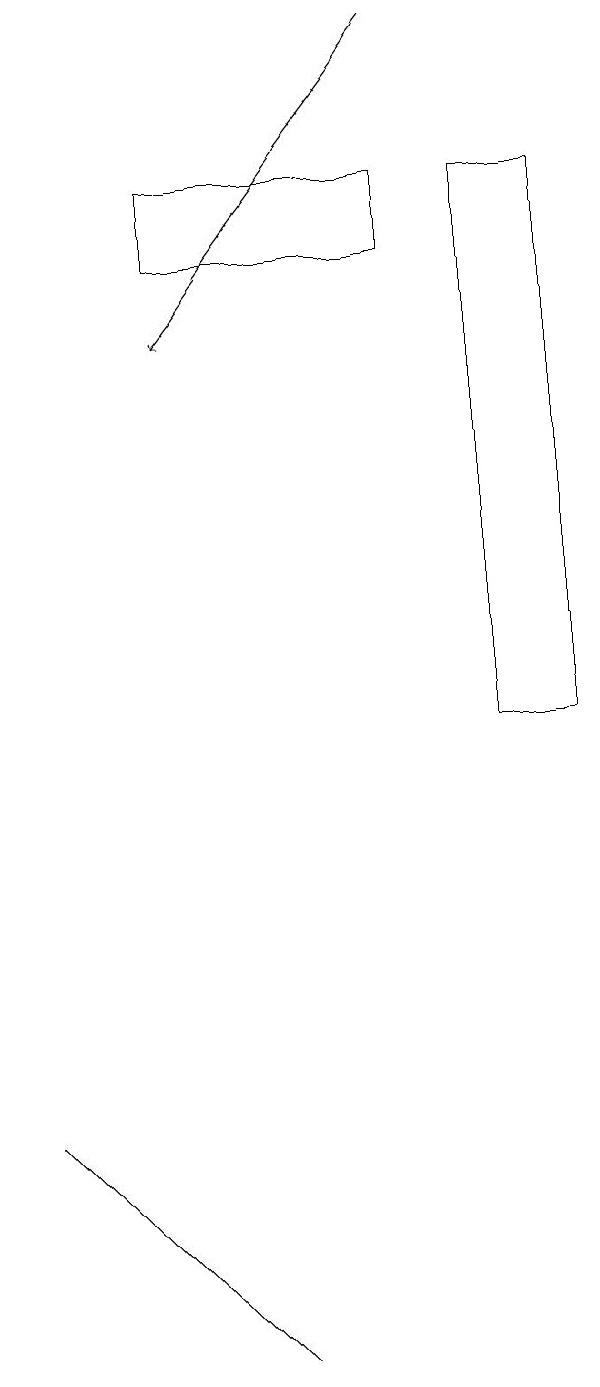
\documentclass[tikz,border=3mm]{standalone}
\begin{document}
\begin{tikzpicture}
\draw (4,17) rectangle (7,16);
\draw (8,10) rectangle (9,17);
\draw (2,5) -- (3,4) -- (5,2) -- cycle;
\draw[->] (7,19) -- (4,15);
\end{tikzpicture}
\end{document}